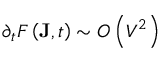
\partial _ { t } F \left( \mathbf { J } , t \right) \sim O \left( V ^ { 2 } \right)